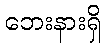
ဘေးနားရှိ